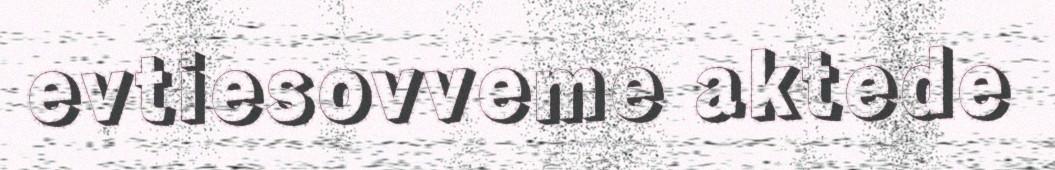
evtiesovveme aktede